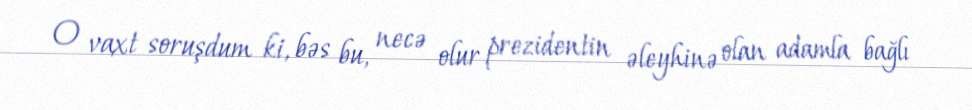
O vaxt soruşdum ki, bəs bu, necə olur prezidentin əleyhinə olan adamla bağlı